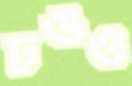
ঢঙও